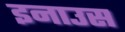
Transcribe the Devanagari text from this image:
इनाउस